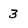
Character: 3